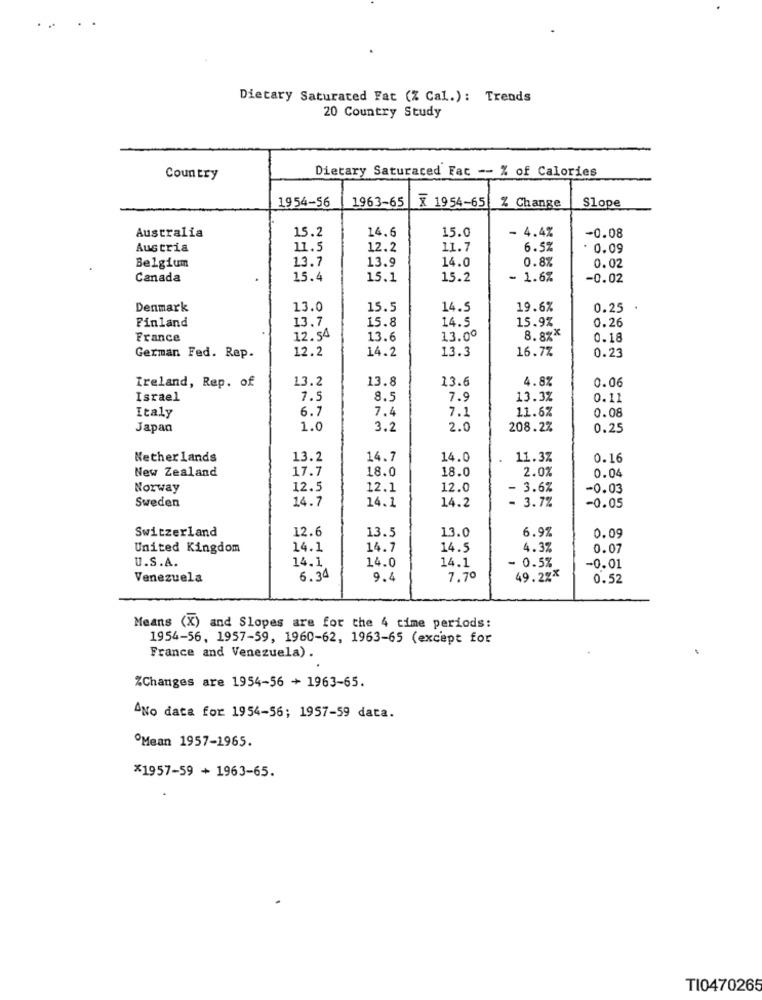
Dietary Saturated Fat (% Cal.): Trends
20 Country Study
Dietary Saturaced Fac -- % of Calories
Country
1963-65
X 1954-65
Slope
1954-56
% Change
Australia
15.2
14.6
15.0
- 4.4%
-0.08
Austria
11.5
12.2
11.7
6.5%
0.09
Belgium
13.7
13.9
14.0
0.8%
0.02
Canada
15.4
15.1
15.2
1.6%
-0.02
Denmark
13.0
15.5
14.5
19.6%
0.25 .
13.7
15.8
14.5
15.9%
0.26
Finland
France
12. 54
13.6
13.00
8.8%*
0.18
12.2
14.2
13.3
16.7%
0.23
German Fed. Rep.
13.2
13.6
4.8%
Ireland, Rep. of
13.8
0.06
Israel
1.5
8.5
7.9
13.3%
0.11
Italy
6.7
7.4
7.1
11.6%
0.08
Japan
1.0
3.2
2.0
208.2%
0.25
Netherlands
13.2
14.7
14.0
11.37
0.16
New Zealand
17.7
2.0%
0.04
18.0
18.0
Norway
12.5
12.1
12.0
- 3.6%
-0.03
Sweden
14.7
14.1
14.2
- 3.7%
-0.05
Switzerland
12.6
13.5
13.0
6.97
0.09
United Kingdom
14.1
14.7
14.5
4.37
0.07
U.S.A.
14.1
14.1
- 0.5%
14.0
-0.01
Venezuela
6.34
9.4
7.70
49.2%*
0.52
Means (X) and Slopes are for the 4 time periods:
1954-56, 1957-59, 1960-62, 1963-65 (except for
France and Venezuela) .
%Changes are 1954-56 + 1963-65.
ANo data for 1954-56; 1957-59 data.
Mean 1957-1965.
*1957-59 + 1963-65.
TI0470265